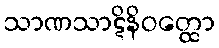
သာဏသာဋိနိဝတ္ထော